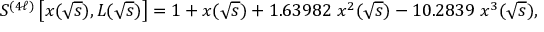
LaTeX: S ^ { ( 4 \ell ) } \left[ x ( \sqrt { s } ) , L ( \sqrt { s } ) \right] = 1 + x ( \sqrt { s } ) + 1 . 6 3 9 8 2 \; x ^ { 2 } ( \sqrt { s } ) - 1 0 . 2 8 3 9 \; x ^ { 3 } ( \sqrt { s } ) ,